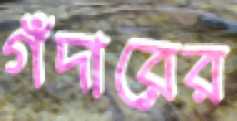
গঁদারের